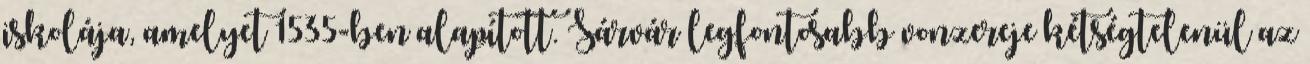
iskolája, amelyet 1535-ben alapított. Sárvár legfontosabb vonzereje kétségtelenül az